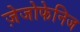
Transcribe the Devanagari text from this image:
ज़ेजोफेनिज